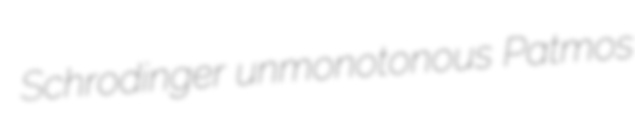
Schrodinger unmonotonous Patmos